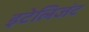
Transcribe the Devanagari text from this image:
इटेलिजंट